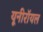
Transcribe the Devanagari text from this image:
यूनीरॉयल